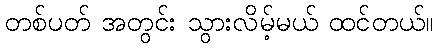
တစ်ပတ် အတွင်း သွားလိမ့်မယ် ထင်တယ်။